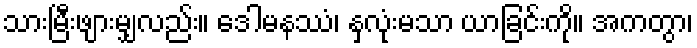
သားမြီးဖျားမျှလည်း။ ဒေါမနဿံ၊ နှလုံးမသာ ယာခြင်းကို။ အကတွာ၊